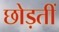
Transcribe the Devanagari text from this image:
छोड़तीं